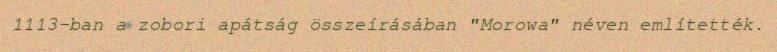
1113-ban a zobori apátság összeírásában "Morowa" néven említették.